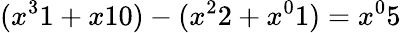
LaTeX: ({x^{3}}1+{x}10)-({x^{2}}2+{x^{0}}1)={x^{0}}5